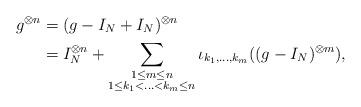
LaTeX: \begin{align*}g^{\otimes n}&=(g-I_N+I_N)^{\otimes n}\\&=I_N^{\otimes n}+\displaystyle\sum_{\substack{1\leq m \leq n\\1\leq k_1<\ldots<k_m \leq n}}\iota_{k_1,\ldots,k_m}((g-I_N)^{\otimes m}),\end{align*}